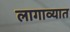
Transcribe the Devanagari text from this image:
लागाव्यात